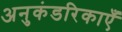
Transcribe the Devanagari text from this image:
अनुकंडरिकाएँ